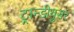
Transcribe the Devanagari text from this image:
ट्रान्डीयुसर